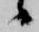
候